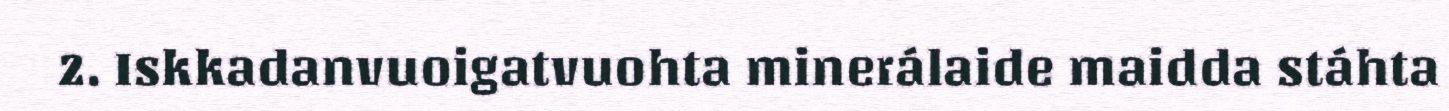
2. Iskkadanvuoigatvuohta minerálaide maidda stáhta